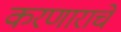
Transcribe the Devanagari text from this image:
करणाराचे